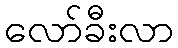
လော်ခီးလာ